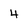
Character: 4